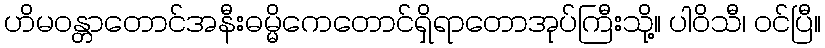
ဟိမဝန္တာတောင်အနီးဓမ္မိကေတောင်ရှိရာတောအုပ်ကြီးသို့။ ပါဝိသီ၊ ဝင်ပြီ။